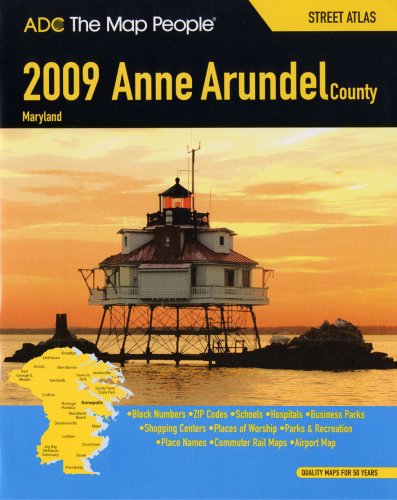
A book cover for ADC The Map People 2009 Anne Arundel County, Maryland Street Atlas; Travel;